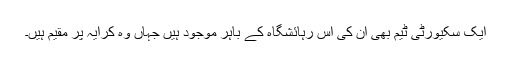
ایک سکیورٹی ٹیم بھی ان کی اس رہائشگاہ کے باہر موجود ہیں جہاں وہ کرایہ پر مقیم ہیں۔